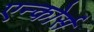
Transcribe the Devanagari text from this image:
एन्कोर्स